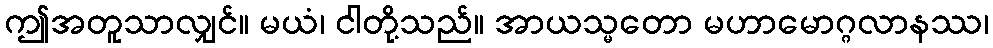
ဤအတူသာလျှင်။ မယံ၊ ငါတို့သည်။ အာယသ္မတော မဟာမောဂ္ဂလာနဿ၊